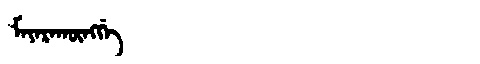
Manchu: ᠮᠠᠶᠠᡵᠠᡴᡡᠩᡤᡝ
Romanization: MAYARAKŪNGGE